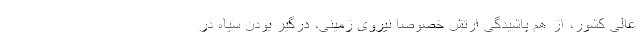
عالی کشور، از هم پاشیدگی ارتش خصوصا نیروی زمینی، درگیر بودن سپاه در